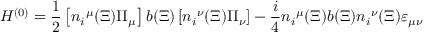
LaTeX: { \cal H } ^ { ( 0 ) } = { \frac { 1 } { 2 } } \left[ { n _ { i } } ^ { \mu } ( \Xi ) \Pi _ { \mu } \right] b ( \Xi ) \left[ { n _ { i } } ^ { \nu } ( \Xi ) \Pi _ { \nu } \right] - { \frac { i } { 4 } } { n _ { i } } ^ { \mu } ( \Xi ) b ( \Xi ) { n _ { i } } ^ { \nu } ( \Xi ) \varepsilon _ { \mu \nu }